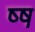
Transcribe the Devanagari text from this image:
ष्ष